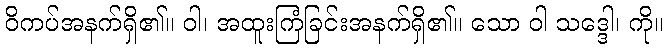
ဝိကပ်အနက်ရှိ၏။ ဝါ၊ အထူးကြံခြင်းအနက်ရှိ၏။ သော ဝါ သဒ္ဒေါ၊ ကို။